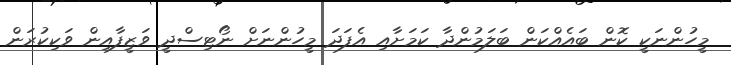
މީހުންނަކީ ކޮން ބައެއްކަން ބަލަމުންދާ ކަމަށާއި އެފަދަ މީހުންނަށް ނޯޓިސްދީ ވަޒީފާއިން ވަކިކުރަން